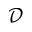
\mathcal { D }